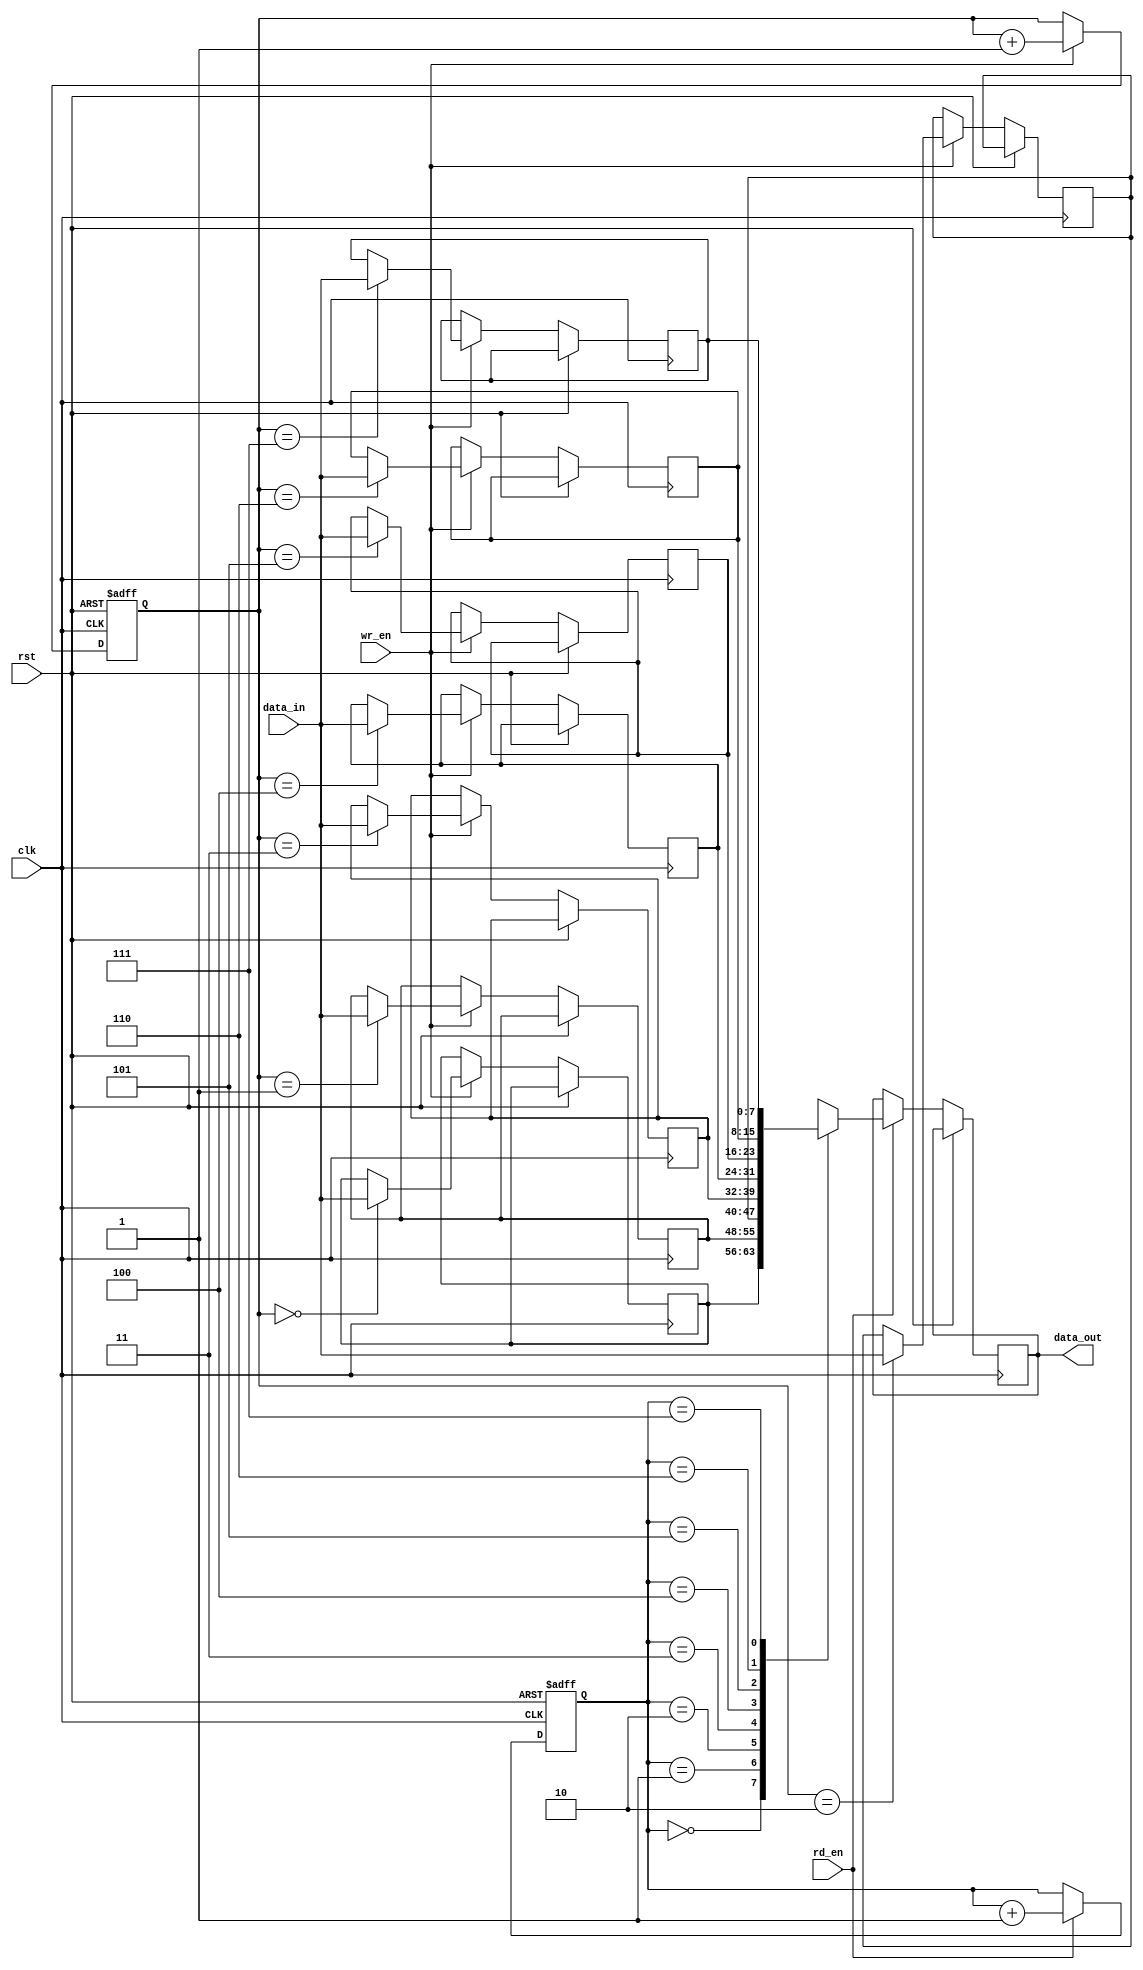
module fifo_buffer(
    input wire clk,
    input wire rst,
    input wire wr_en,
    input wire rd_en,
    input wire [7:0] data_in,
    output reg [7:0] data_out
);

parameter DEPTH = 8;
reg [7:0] buffer [0:DEPTH-1];
reg [2:0] wr_ptr, rd_ptr;

always @(posedge clk or posedge rst) begin
    if (rst) begin
        wr_ptr <= 0;
        rd_ptr <= 0;
    end else begin
        if (wr_en) begin
            buffer[wr_ptr] <= data_in;
            wr_ptr <= wr_ptr + 1;
        end
        if (rd_en) begin
            data_out <= buffer[rd_ptr];
            rd_ptr <= rd_ptr + 1;
        end
    end
end

endmodule